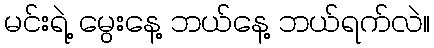
မင်းရဲ့ မွေးနေ့ ဘယ်နေ့ ဘယ်ရက်လဲ။